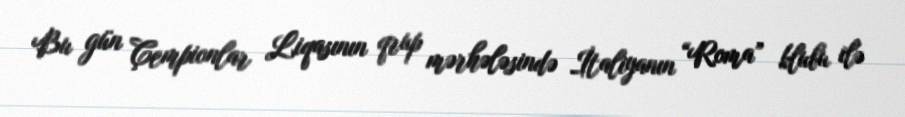
Bu gün Çempionlar Liqasının qrup mərhələsində İtaliyanın “Roma” klubu ilə